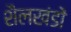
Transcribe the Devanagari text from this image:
शैलखंडों